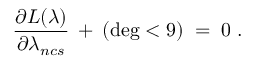
\frac { \partial { \cal { L } } ( \lambda ) } { \partial \lambda _ { n c s } } \: + \: ( \deg < 9 ) \; = \; 0 \; .